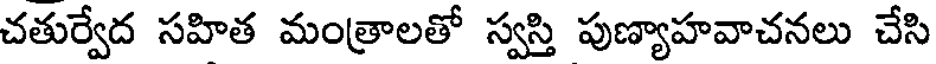
చతుర్వేద సహిత మంత్రాలతో స్వస్తి పుణ్యాహవాచనలు చేసి